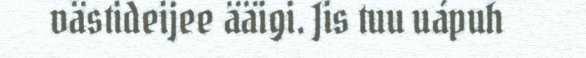
västideijee ääigi. Jis tuu uápuh